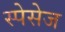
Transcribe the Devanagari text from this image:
स्पेसेज